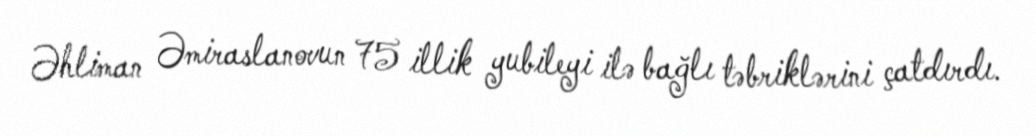
Əhliman Əmiraslanovun 75 illik yubileyi ilə bağlı təbriklərini çatdırdı.